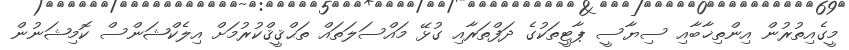
މީގެއިތުރުން އިންތިޚާބާއި ސިޔާސީ ޕާޓީތަކުގެ ދަފްތަރާއި ގުޅޭ މައްސަލަތައް ތަޙްޤީޤްކުރުމަށް އިލެކްޝަންސް ކޮމިޝަނުން